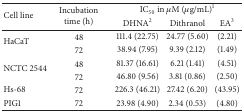
| <ROWSPAN=2> Cell line | <ROWSPAN=2> Incubation time (h) | <COLSPAN=3> IC50 in μM (μg/mL)1 |
 | DHNA2 | Dithranol | EA3 |
 | --- | --- | --- | --- | --- |
 | <ROWSPAN=2> HaCaT | 48 | 111.4 (22.75) | 24.77 (5.60) | (2.21) |
 | 72 | 38.94 (7.95) | 9.39 (2.12) | (1.49) |
 | <ROWSPAN=2> NCTC 2544 | 48 | 81.37 (16.61) | 6.21 (1.41) | (4.51) |
 | 72 | 46.80 (9.56) | 3.81 (0.86) | (2.50) |
 | Hs-68 | 72 | 226.3 (46.21) | 27.42 (6.20) | (43.95) |
 | PIG1 | 72 | 23.98 (4.90) | 2.34 (0.53) | (4.80) |